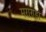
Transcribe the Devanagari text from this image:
मराण्डा